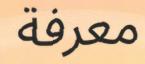
معرفة